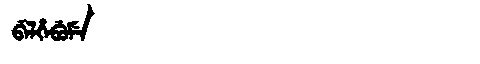
Manchu: ᠪᡝᠯᡥᡝᠪᡠᠮᡝ
Romanization: BELHEBUME